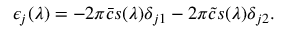
\epsilon _ { j } ( \lambda ) = - 2 \pi \bar { c } s ( \lambda ) \delta _ { j 1 } - 2 \pi \tilde { c } s ( \lambda ) \delta _ { j 2 } .